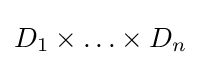
D_{1}\times \ldots \times D_{n}